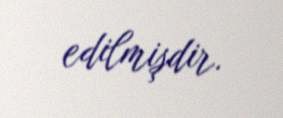
edilmişdir.